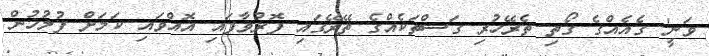
ވަނީ' ގެއެއްގެ ގޯތި ތެރޭހުރި ގަސްތަކެއްގެ ތޭރޭގައި ފޮރުވާފައި އޮއްވައި ކަމަށް ފުލުހުން